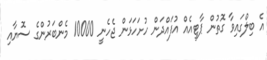
އެ ބިލްގައިވާ ގޮތުން ޕާޓީއެއް އުފައްދަން ހުށަހަޅަން ޖެހެނީ 10000 މެންބަރުންގެ ސޮޔާއި